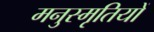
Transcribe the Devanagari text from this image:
मनुस्मृतियों